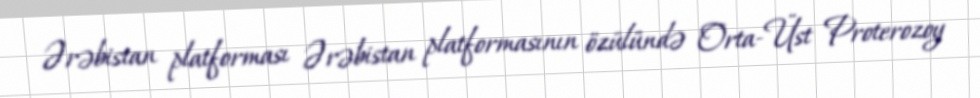
Ərəbistan platforması Ərəbistan platformasının özülündə Orta-Üst Proterozoy